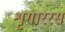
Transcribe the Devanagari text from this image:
शृगाररस